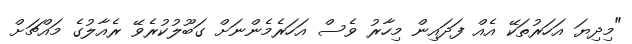
"މިދިޔަ އަހަރުތަކޭ އެއް ފަދައިން މިހާރު ވެސް އަހަރެމެންނަށް ގަބޫލުކުރެވޭ ރެއާލުގެ މައްޗަށް